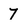
Character: 7